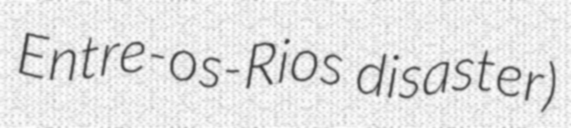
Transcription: Entre-os-Rios disaster)